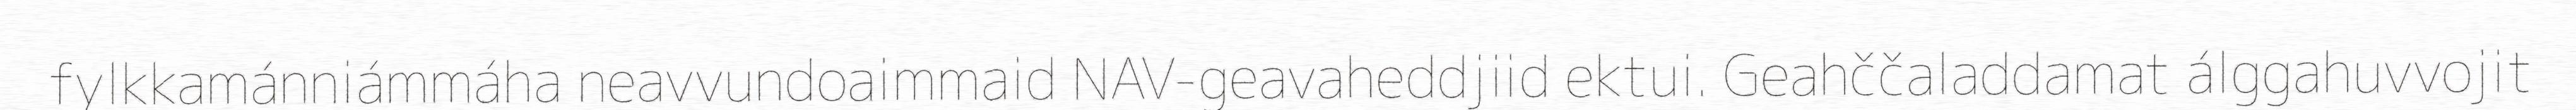
fylkkamánniámmáha neavvundoaimmaid NAV-geavaheddjiid ektui. Geahččaladdamat álggahuvvojit